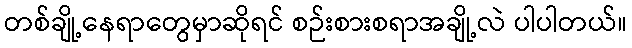
တစ်ချို့နေရာတွေမှာဆိုရင် စဉ်းစားစရာအချို့လဲ ပါပါတယ်။